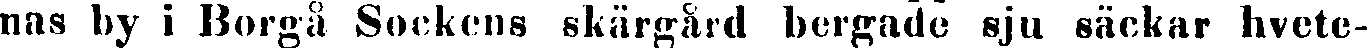
nas by i Borgå Sockens skärgård bergade sju säckar hvete-